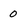
Character: 0